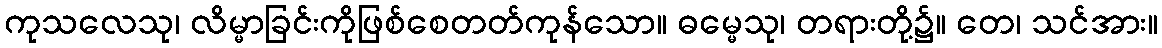
ကုသလေသု၊ လိမ္မာခြင်းကိုဖြစ်စေတတ်ကုန်သော။ ဓမ္မေသု၊ တရားတို့၌။ တေ၊ သင်အား။